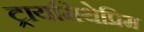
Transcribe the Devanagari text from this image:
ट्रायमिथेप्रिम